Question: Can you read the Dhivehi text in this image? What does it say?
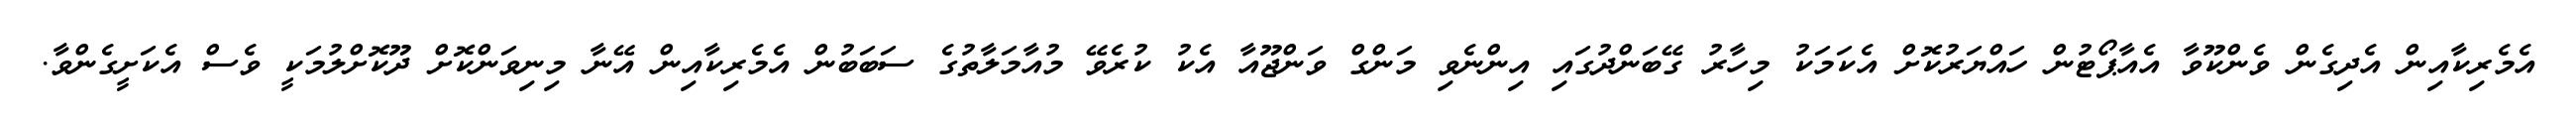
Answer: އެމެރިކާއިން އެދިގެން ވެންކޫވާ އެއާޕޯޓުން ހައްޔަރުކޮށް އެކަމަކު މިހާރު ގޭބަންދުގައި އިންނެވި މަންގް ވަންޖޫއާ އެކު ކުރެވޭ މުއާމަލާތުގެ ސަބަބުން އެމެރިކާއިން އޭނާ މިނިވަންކޮށް ދޫކޮށްލުމަކީ ވެސް އެކަށީގެންވާ.